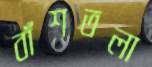
বাঁশতলা